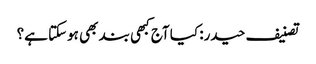
تصنیف حیدر: کیا آج کبھی بند بھی ہوسکتا ہے؟